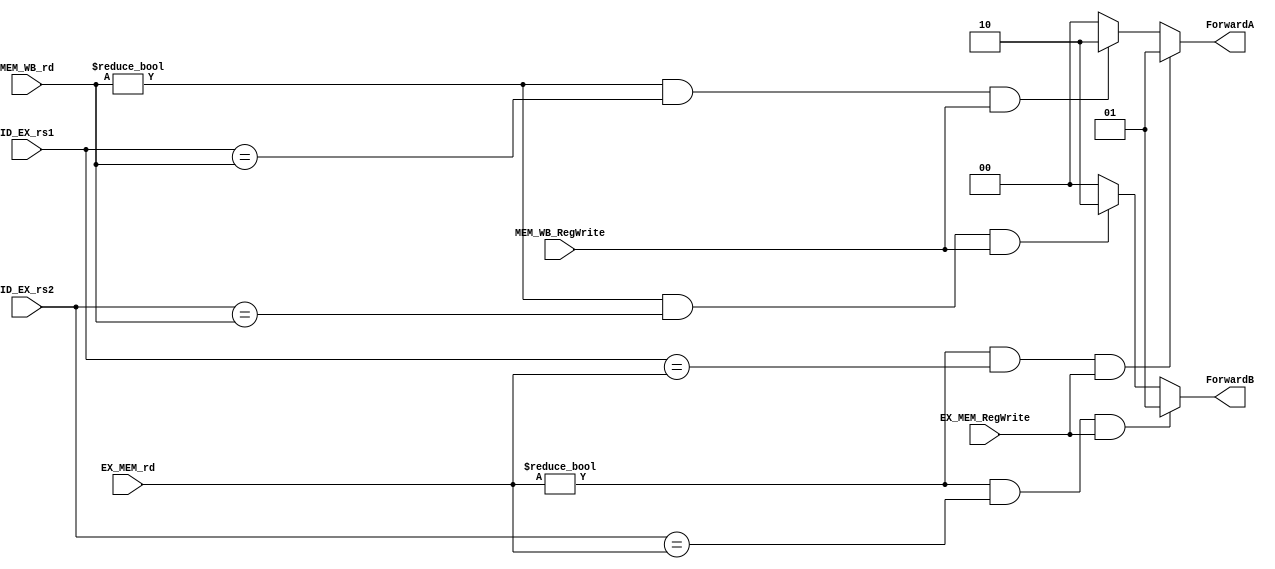
`define NONE 2'b00
`define MEM 2'b01
`define WB 2'b10

module ForwardingUnit (input [4:0] ID_EX_rs1,
                        input [4:0] ID_EX_rs2,
                        input [4:0] EX_MEM_rd,
                        input [4:0] MEM_WB_rd,
                        input EX_MEM_RegWrite,
                        input MEM_WB_RegWrite,
                        output reg [1:0] ForwardA,// Signal of 3in1 Forward MUX 
                        output reg [1:0] ForwardB);
    always @(*) begin

        if((EX_MEM_rd!=0) && (ID_EX_rs1==EX_MEM_rd) && EX_MEM_RegWrite) begin
            ForwardA=`MEM;
        end
        else if((MEM_WB_rd!=0) &&(ID_EX_rs1==MEM_WB_rd) && MEM_WB_RegWrite) begin
            ForwardA=`WB;
        end
        else begin
            ForwardA=`NONE;
        end


        if((EX_MEM_rd!=0) && (ID_EX_rs2==EX_MEM_rd) && EX_MEM_RegWrite) begin
            ForwardB=`MEM;
        end
        else if((MEM_WB_rd!=0) &&(ID_EX_rs2==MEM_WB_rd) && MEM_WB_RegWrite) begin
            ForwardB=`WB;
        end
        else begin
            ForwardB=`NONE;
        end
  

    end

endmodule

// for forwarding data from MEM/WB to ID stage
module ForwardingEcallUnit (input [4:0] rs1,
                            input [4:0] rs2,
                            input [4:0] fromWBrd, // From WB stage
                            input [4:0] EX_MEM_rd,
                            input is_ecall,
                            output reg [1:0] mux_rs1_dout, //signal for rs1 
                            output reg mux_rs2_dout);
                            
                           
    always @(*) begin
    
       if((EX_MEM_rd==17) && is_ecall) begin //forwarding for ecall 
            mux_rs1_dout=2'b10; 
        end
        else begin
            mux_rs1_dout=2'b01;
        end

        begin
            mux_rs2_dout=1;
        end
    end
endmodule